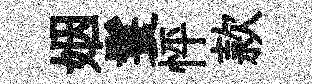
姻鬟怦款